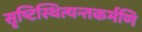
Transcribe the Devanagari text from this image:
सृष्टिस्थित्यन्तकर्मणि